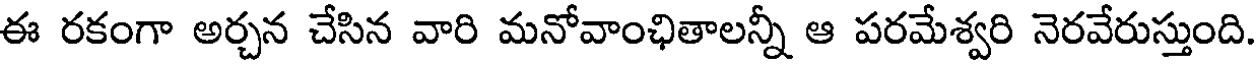
ఈ రకంగా అర్చన చేసిన వారి మనోవాంఛితాలన్నీ ఆ పరమేశ్వరి నెరవేరుస్తుంది